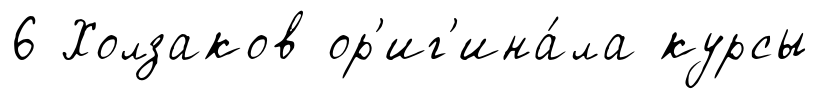
6 Холзаков ор'иг'ина́ла курсы